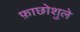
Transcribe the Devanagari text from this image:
फ़ाछोशुले